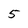
Character: 5